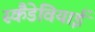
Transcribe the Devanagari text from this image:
स्कैंडेवियाई